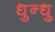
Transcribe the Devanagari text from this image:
धुन्धु